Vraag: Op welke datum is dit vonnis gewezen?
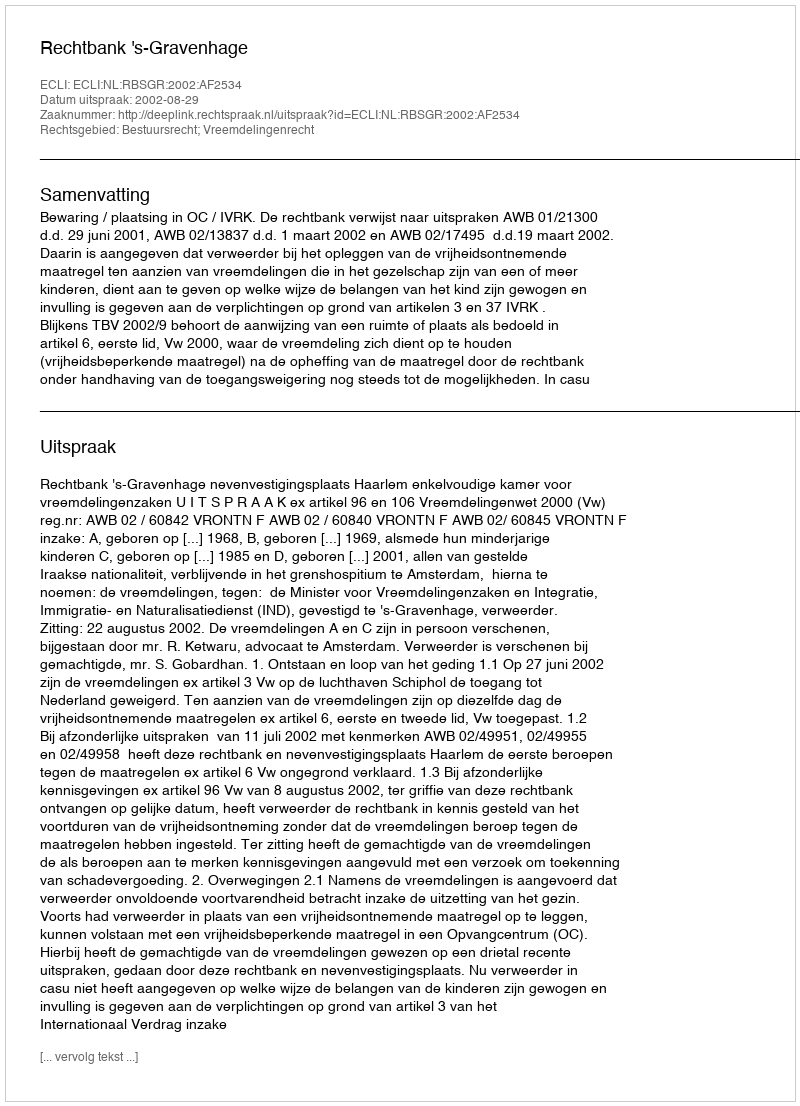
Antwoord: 2002-08-29